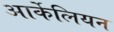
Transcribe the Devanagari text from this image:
आर्केलियन